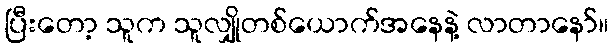
ပြီးတော့ သူက သူလျှိုတစ်ယောက်အနေနဲ့ လာတာနော်။